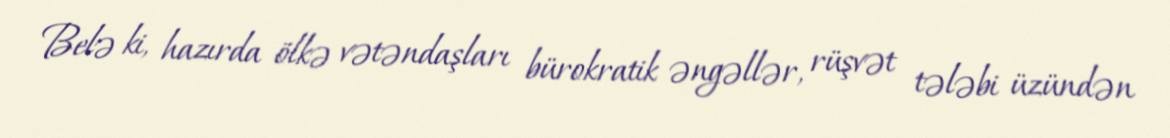
Belə ki, hazırda ölkə vətəndaşları bürokratik əngəllər, rüşvət tələbi üzündən